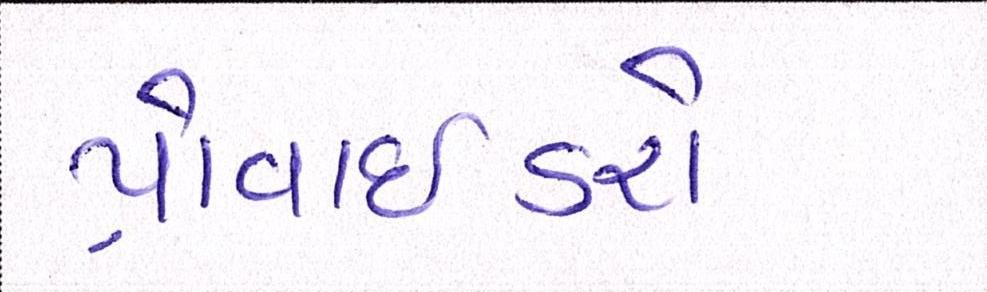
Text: પ્રોવાઈડરો